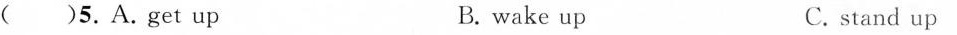
()5.A.get up B. wake up C. stand up